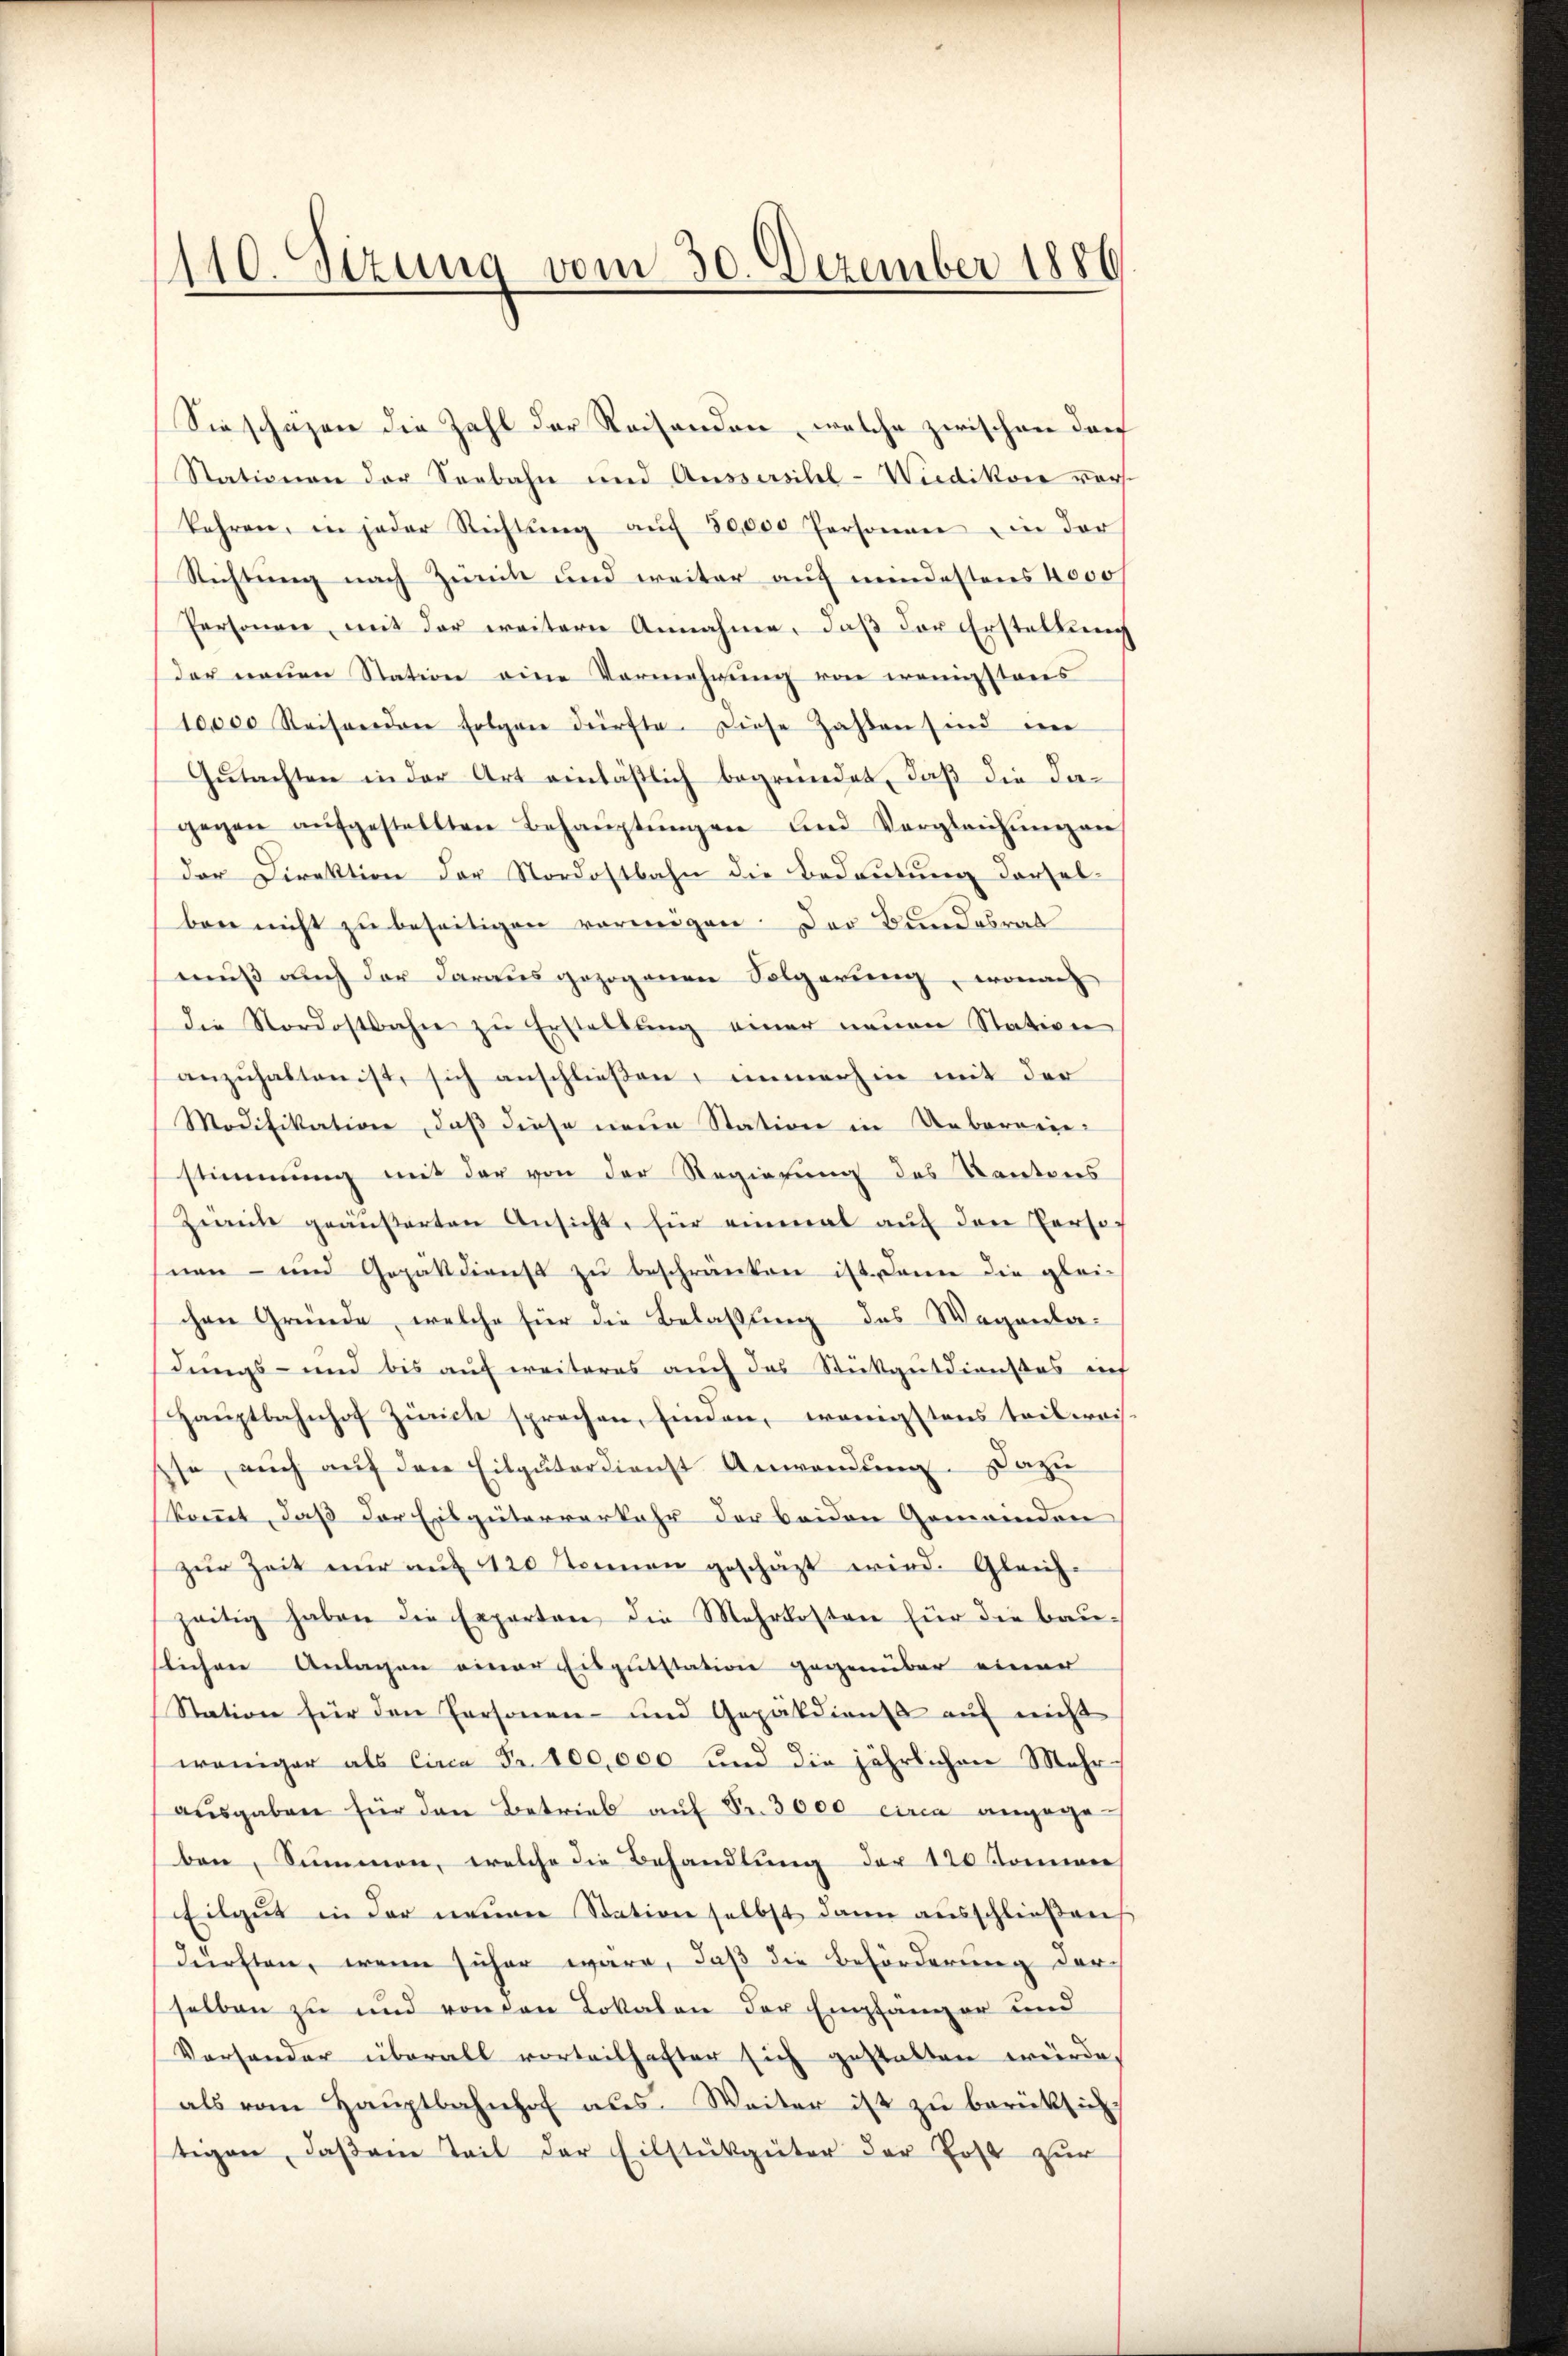
110. Sizung vom 30. Dezember 1886

Sie schäzen die Zahl der Reisenden, welche zwischen darf
Stationen der Seebahn und Aussersilel-Wiedikon vorkehren, in jeder Richtŭng aŭf 80,000 Personen in der
Richtung nach Zünik und weiter auf mindestens 4000
Personen mit der weitere Annahme, daß der Erstellung
der neuen Station eine Vermehrung von wenigstens
10000 Reisenden folgen dürfte. Diese Zahlen sind im
Gutachten in der Art einläßlich begründet, daß die dagegen aŭfgestellten Behaŭptŭngen und Vergleichŭng an
der Direktion der Nordostbahn die Bedeutung derselben nicht zu beseitigen vermögen. Der Bundesrat
muß auch der darausgezogenen Folgerung, wonach
die Nordostbahn zŭ Erstellŭng einer neŭen Station
anzuhalten ist, sich anschließen, immerhin mit der
Modifikation, daß diese neue Station in Uebereiie-
stimmung mit der von der Regierung des Kantons
Zimite geäŭβerten Ansicht, für einmal aŭf den Personen- und Gopakdienst zŭ beschränken ist dann die gleich
chen Gründe, welche für die Belassung des Wegenladungs- und bis auf weiteres auch das Stükgutdienstes auf
Hauptbahnhof Zürich sprechen, finden, wenigstens teilweis
pfe, auch auf den Eilguterdienst Anwendung. Dazu
kommt, daß der Eisgüterverkehr der beiden Gemeinden
zŭr Zeit nŭr aŭf 1120 Nonnen geschäzt wird. Gleich-
zeitig haben die Experten die Mehrkosten für die Baŭ-
slichen Anlagen einer Eisputstation gegenüber einer
Station für den Personen- und Gepärdiens auf nicht
weniger als Circa Fr. 100,000 und die jährlichen Mehrausgaben für den Betrieb auf Fr. 3000 circa angege
ben, Summen, welche die Behandlung der 120 Kommer
Eilgŭt in der neuen Station selbst dann aŭsschlieβen
durften, wenn sicher wäre, daß die Beförderung der
selben zu und von den Lokalen der Empfänger und
Versonder überall vorteilhafter sich gestalten würde
als vom Haŭptbahnhof aus. Weiter ist zŭ berücksich
tigen, daß ein Teil der Eilstükgüter der Erst zur